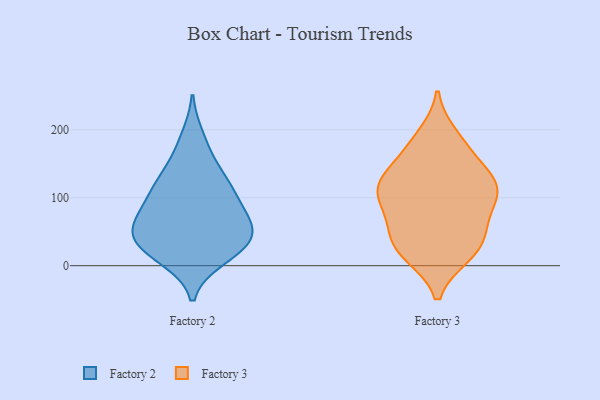
{"axis": {"x": "Satisfaction Score", "y": "Value"}, "legend": ["Factory 2", "Factory 3"], "data": [{"x": "", "y": 121, "type": "Factory 2"}, {"x": "", "y": 10, "type": "Factory 2"}, {"x": "", "y": 71, "type": "Factory 2"}, {"x": "", "y": 11, "type": "Factory 2"}, {"x": "", "y": 161, "type": "Factory 2"}, {"x": "", "y": 71, "type": "Factory 2"}, {"x": "", "y": 92, "type": "Factory 2"}, {"x": "", "y": 45, "type": "Factory 2"}, {"x": "", "y": 50, "type": "Factory 2"}, {"x": "", "y": 30, "type": "Factory 2"}, {"x": "", "y": 28, "type": "Factory 2"}, {"x": "", "y": 42, "type": "Factory 2"}, {"x": "", "y": 123, "type": "Factory 2"}, {"x": "", "y": 73, "type": "Factory 2"}, {"x": "", "y": 42, "type": "Factory 2"}, {"x": "", "y": 101, "type": "Factory 2"}, {"x": "", "y": 128, "type": "Factory 2"}, {"x": "", "y": 190, "type": "Factory 2"}, {"x": "", "y": 127, "type": "Factory 3"}, {"x": "", "y": 116, "type": "Factory 3"}, {"x": "", "y": 132, "type": "Factory 3"}, {"x": "", "y": 61, "type": "Factory 3"}, {"x": "", "y": 131, "type": "Factory 3"}, {"x": "", "y": 109, "type": "Factory 3"}, {"x": "", "y": 41, "type": "Factory 3"}, {"x": "", "y": 102, "type": "Factory 3"}, {"x": "", "y": 64, "type": "Factory 3"}, {"x": "", "y": 191, "type": "Factory 3"}, {"x": "", "y": 165, "type": "Factory 3"}, {"x": "", "y": 179, "type": "Factory 3"}, {"x": "", "y": 16, "type": "Factory 3"}, {"x": "", "y": 41, "type": "Factory 3"}, {"x": "", "y": 103, "type": "Factory 3"}, {"x": "", "y": 95, "type": "Factory 3"}, {"x": "", "y": 19, "type": "Factory 3"}, {"x": "", "y": 18, "type": "Factory 3"}]}